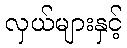
လှယ်များနှင့်